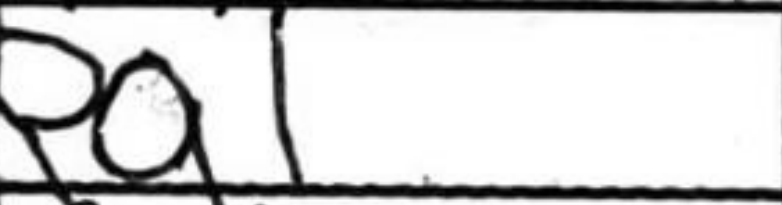
Transcription: Ra1